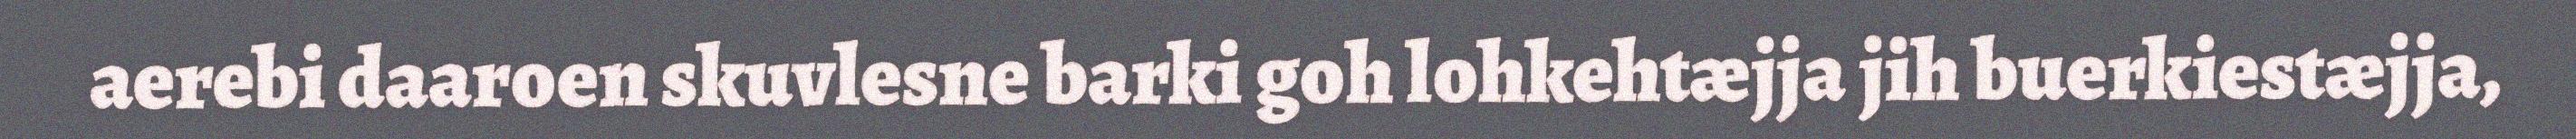
aerebi daaroen skuvlesne barki goh lohkehtæjja jih buerkiestæjja,